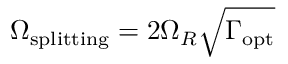
\Omega _ { \mathrm { s p l i t t i n g } } = 2 \Omega _ { R } \sqrt { \Gamma _ { \mathrm { o p t } } }